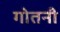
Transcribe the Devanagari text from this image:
गोतनी